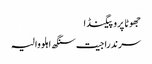
جھوٹا پروپیگنڈا
سرندرا جیت سنگھ اہلووالیہ